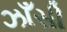
ઝાઁસી